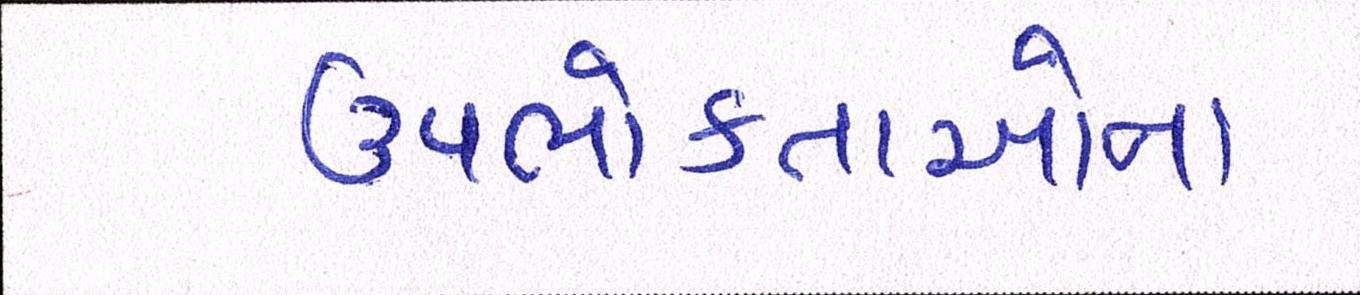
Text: ઉપભોક્તાઓના